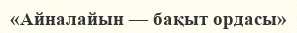
«Айналайын — бақыт ордасы»